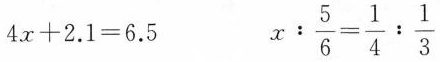
$$4 x + 2 . 1 = 6 . 5$$ $$x : \frac { 5 } { 6 } = \frac { 1 } { 4 } : \frac { 1 } { 3 }$$